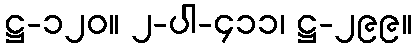
ဋ္ဌ-၁၂၀။ ၂-ပါ-၄၁၁၊ ဋ္ဌ-၂၉၉။